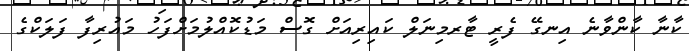
ކާނާ ކާންވާނެ އިނގޭ ފެރީ ޓާރމިނަލް ކައިރިއަށް ގޮސް މަޑުކޮއްލުމަށްފަހު މައުރިފާ ފަލަކްގެ